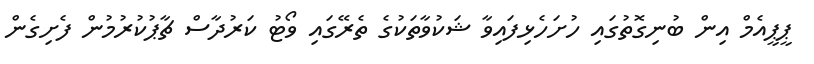
ޕީޕީއެމް އިން ބުނިގޮތުގައި ހުށަހެޅިފައިވާ ޝަކުވާތަކުގެ ތެރޭގައި ވޯޓު ކަރުދާސް ޗާޕުކުރުމުން ފެށިގެން